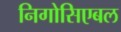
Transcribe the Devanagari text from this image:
निगोसिएबल